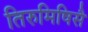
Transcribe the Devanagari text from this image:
तिरुमिषिसै